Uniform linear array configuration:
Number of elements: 32
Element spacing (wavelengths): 0.5
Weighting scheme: uniform
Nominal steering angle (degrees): -45
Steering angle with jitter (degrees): -43.246
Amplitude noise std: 0.05
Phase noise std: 0.05

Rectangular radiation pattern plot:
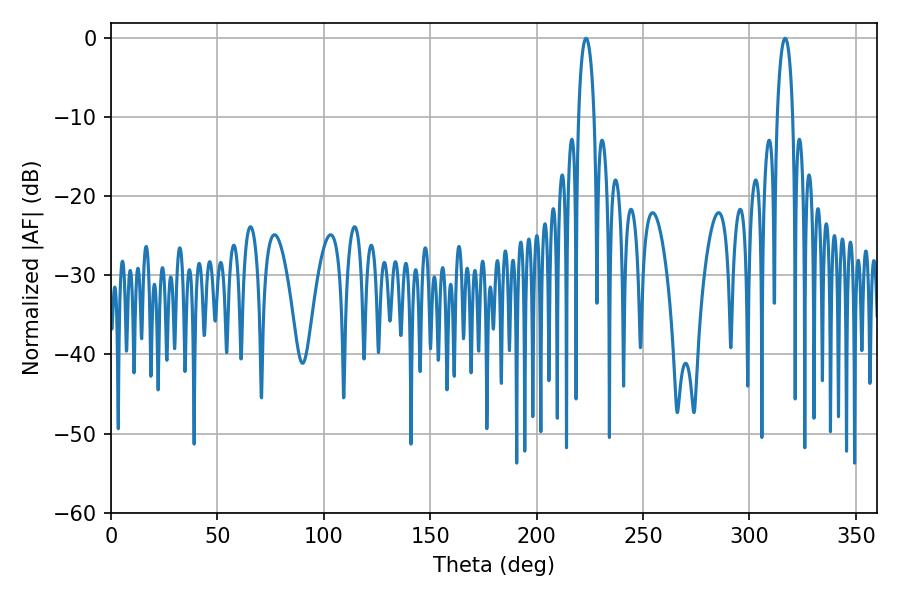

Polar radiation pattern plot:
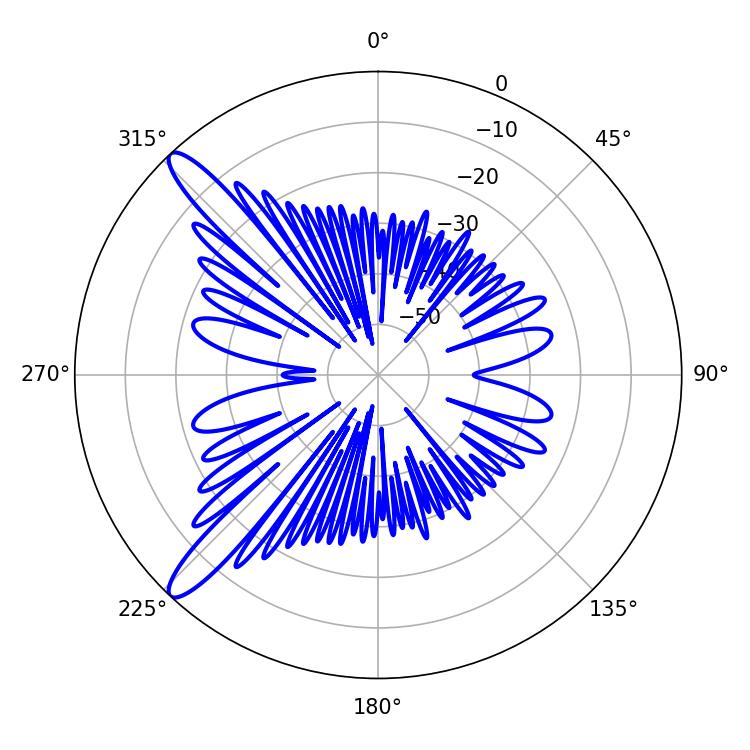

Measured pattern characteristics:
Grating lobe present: FALSE
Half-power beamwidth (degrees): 4.14
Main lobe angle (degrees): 223.2